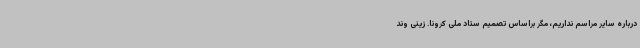
درباره سایر مراسم نداریم، مگر براساس تصمیم ستاد ملی کرونا. زینی وند